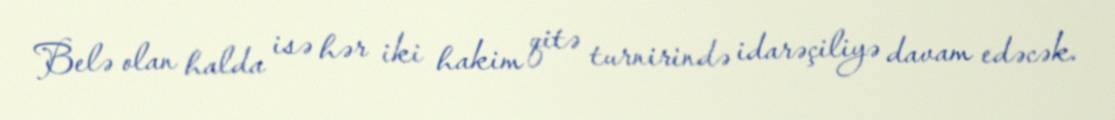
Belə olan halda isə hər iki hakim qitə turnirində idarəçiliyə davam edəcək.